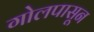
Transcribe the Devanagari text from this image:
गोलपासून